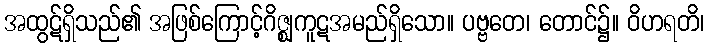
အထွဋ်ရှိသည်၏ အဖြစ်ကြောင့်ဂိဇ္ဈကူဋအမည်ရှိသော။ ပဗ္ဗတေ၊ တောင်၌။ ဝိဟရတိ၊